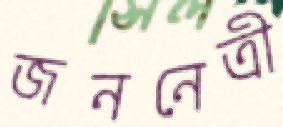
জননেত্রী